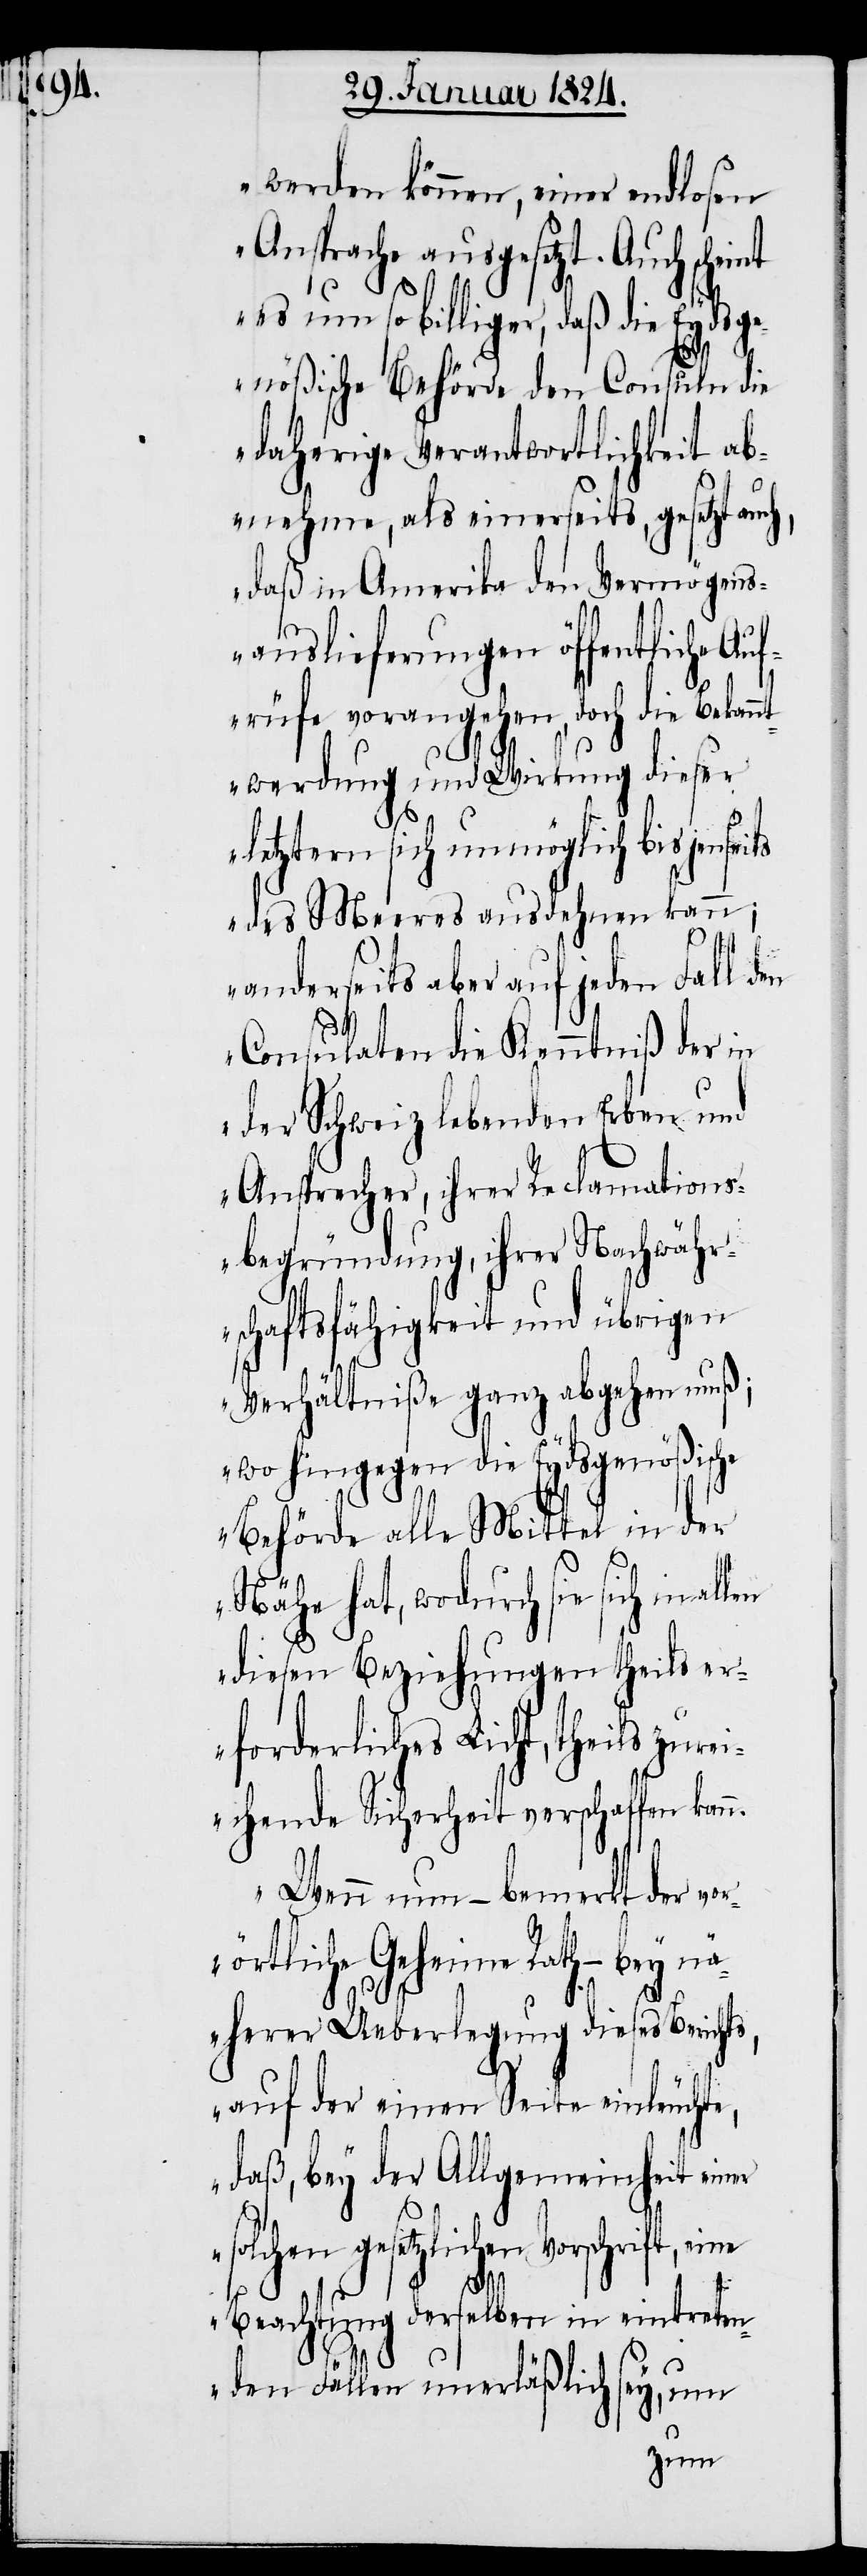
r¬

werden können, einer endlosen
Ansprache ausgesetzt. Auch
es um so billiger, daß die Eydsge¬
nößische Behörde den Consuln die
daherige Verantwortlichkeit ab¬
nehme, als einerseits, gesetzt auch,
daß in Amerika den Vermögens¬
auslieferungen öffentliche Auf¬
rüfe vorangehen, doch die Bekann¬
twerdung und Wirkung dieser
letztern sich unmöglich bis
des Meeres ausdehnen kann;
anderseits aber auf jeden Fall den
Consulaten die Kenntniß der in
der Schweiz lebenden Erben und
Ansprecher, ihrer Reclamations¬
begründung, ihrer Nachwähr¬
schaftsfähigkeit und übrigen
Verhältniße ganz abgehen muß;
wo hingegen die Eydsgenößische
Behörde alle Mittel in der
Nähe hat, wodurch sie sich in
diesen Beziehungen theils er¬
forderliches Licht, theils zur¬
eichende Sicherheit verschaffen
Wenn nun – bemerkt der vo¬
Vorschrift, eine
näherer Ueberlegung dieses Berichts,
auf der einen Seite einleuchte,
daß, bey der Allgemeinheit einer
Beachtung derselben in eintreten¬
den Fällen unerläßlich sey, um